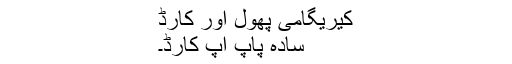
کیریگامی پھول اور کارڈ
سادہ پاپ اپ کارڈ۔